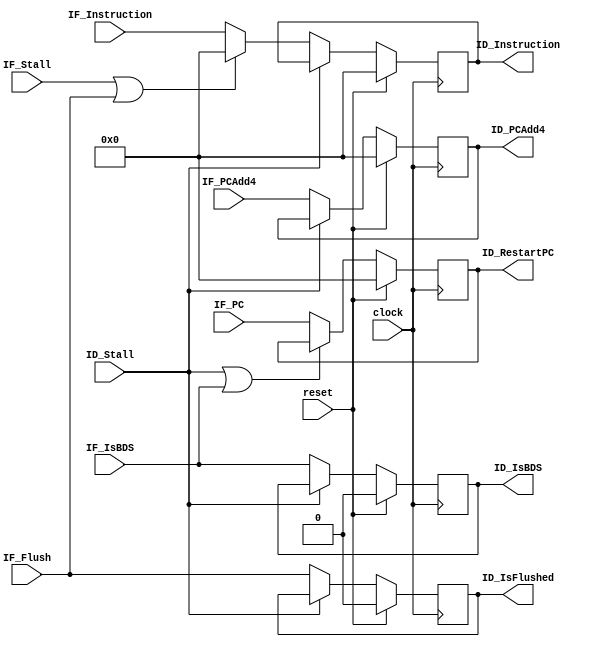
module IFID_Stage(
    input  clock,
    input  reset,
    input  IF_Flush,
    input  IF_Stall,
    input  ID_Stall,
    // Control Signals
    input  [31:0] IF_Instruction,
    // Data Signals
    input  [31:0] IF_PCAdd4,
    input  [31:0] IF_PC,
    input  IF_IsBDS,
    // ------------------
    output reg [31:0] ID_Instruction,
    output reg [31:0] ID_PCAdd4,
    output reg [31:0] ID_RestartPC,
    output reg ID_IsBDS,
    output reg ID_IsFlushed
    );

    /***
     The purpose of a pipeline register is to capture data from one pipeline stage
     and provide it to the next pipeline stage. This creates at least one clock cycle
     of delay, but reduces the combinatorial path length of signals which allows for
     higher clock speeds.

     All pipeline registers update unless the forward stage is stalled. When this occurs
     or when the current stage is being flushed, the forward stage will receive data that
     is effectively a NOP and causes nothing to happen throughout the remaining pipeline
     traversal. In other words:

     A stall masks all control signals to forward stages. A flush permanently clears
     control signals to forward stages (but not certain data for exception purposes).
    ***/


    /***
     The signal 'ID_IsFlushed' is needed because of interrupts. Normally, a flushed instruction
     is a NOP which will never cause an exception and thus its restart PC will never be needed
     or used. However, interrupts are detected in ID and may occur when any instruction, flushed
     or not, is in the ID stage. It is an error to save the restart PC of a flushed instruction
     since it was never supposed to execute (such as the "delay slot" after ERET or the branch
     delay slot after a canceled Branch Likely instruction). A simple way to prevent this is to
     pass a signal to ID indicating that its instruction was flushed. Interrupt detection is then
     masked when this signal is high, and the interrupt will trigger on the next instruction load to ID.
    ***/

    always @(posedge clock) begin
        ID_Instruction <= (reset) ? 32'b0 : ((ID_Stall) ? ID_Instruction : ((IF_Stall | IF_Flush) ? 32'b0 : IF_Instruction));
        ID_PCAdd4      <= (reset) ? 32'b0 : ((ID_Stall) ? ID_PCAdd4                                       : IF_PCAdd4);
        ID_IsBDS       <= (reset) ? 1'b0  : ((ID_Stall) ? ID_IsBDS                                        : IF_IsBDS);
        ID_RestartPC   <= (reset) ? 32'b0 : ((ID_Stall | IF_IsBDS) ? ID_RestartPC                         : IF_PC);
        ID_IsFlushed   <= (reset) ? 1'b0  : ((ID_Stall) ? ID_IsFlushed                                    : IF_Flush);
    end

endmodule